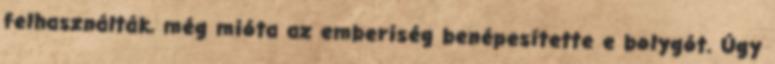
felhasználták, még mióta az emberiség benépesítette e bolygót. Úgy